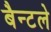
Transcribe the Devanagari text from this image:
बैन्टले